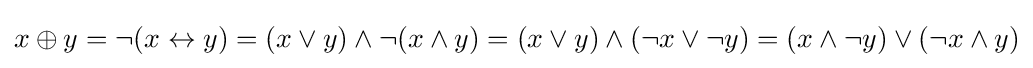
{\textstyle x\oplus y=\neg (x\leftrightarrow y)=(x\vee y)\wedge \neg (x\wedge y)=(x\vee y)\wedge (\neg x\vee \neg y)=(x\wedge \neg y)\vee (\neg x\wedge y)}